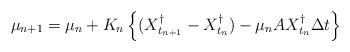
LaTeX: \begin{align*} \mu_{n+1} = \mu_n + K_n \left\{ (X_{t_{n+1}}^\dagger -X_{t_n}^\dagger) - \mu_n AX_{t_n}^\dagger \Delta t\right\}\end{align*}